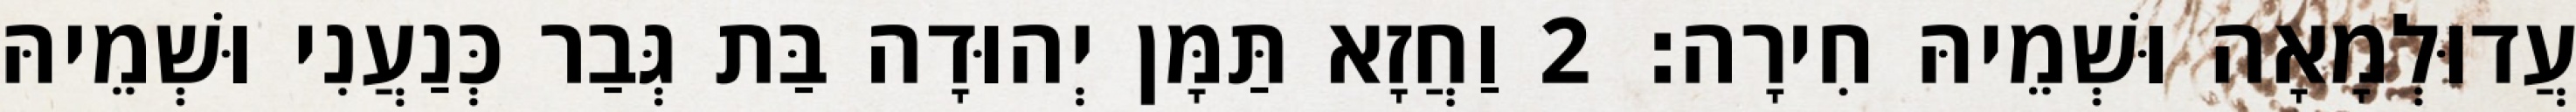
עֲדוּלְמָאָה וּשְׁמֵיהּ חִירָה׃ 2 וַחֲזָא תַּמָּן יְהוּדָה בַּת גְּבַר כְּנַעֲנִי וּשְׁמֵיהּ